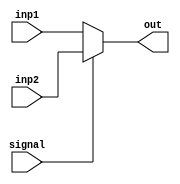
module mux2x1(inp1, inp2, signal, out);

    input [31:0] inp1, inp2;
    input signal;
    output [31:0] out;

    assign out = (signal == 1'b0) ? inp1 : inp2;

endmodule